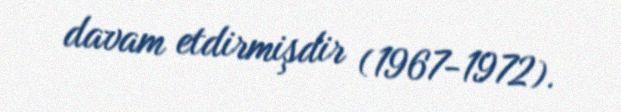
davam etdirmişdir (1967-1972).